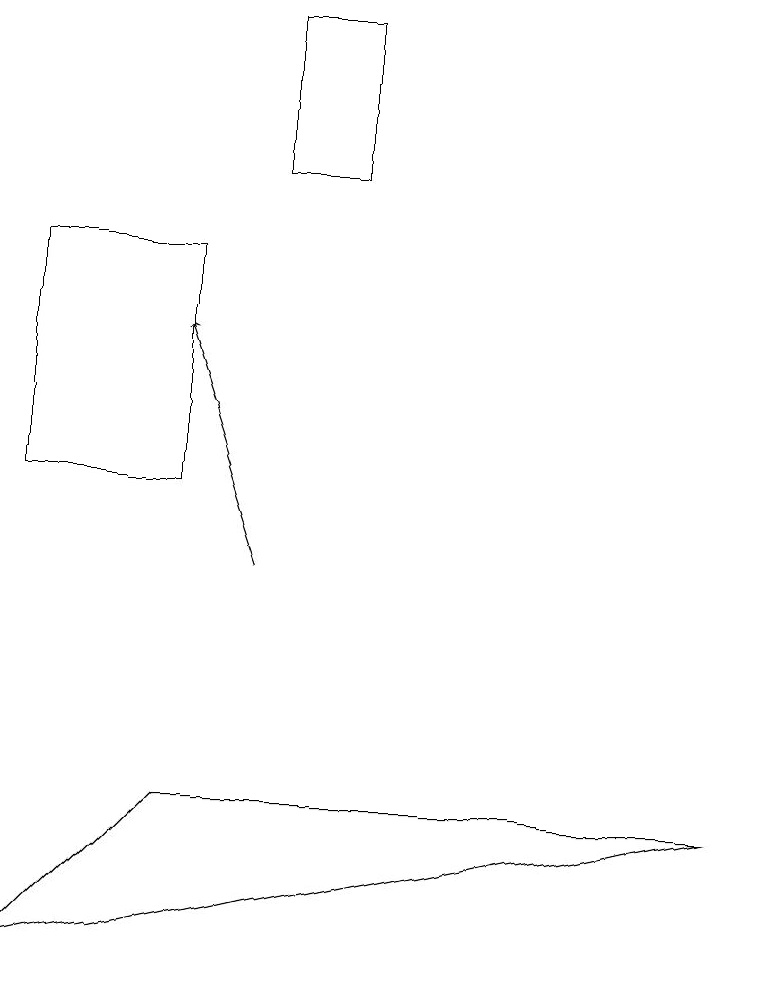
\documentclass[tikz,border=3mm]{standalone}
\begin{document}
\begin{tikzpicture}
\draw (0,15) rectangle (2,12);
\draw[->] (3,11) -- (2,14);
\draw (3,18) rectangle (4,16);
\draw (0,6) -- (9,8) -- (2,8) -- cycle;
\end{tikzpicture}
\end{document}